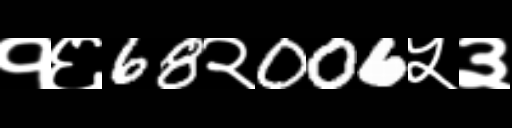
Text: १६68२006५३